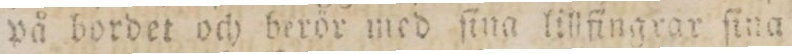
på bordet och berör med ſina lillfingrar ſina